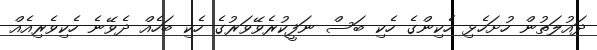
ދައުލަތުން ހުށަހެޅި ހެކިންގެ ހެކި ބަސް ނަފީކުރެވޭވަރުގެ ހެކި ބަހެއް ދެވޭނެ ހެކިވެރިއެއް